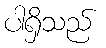
ပါရှိသည်